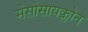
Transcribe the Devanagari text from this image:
मेसोसायक्लोन